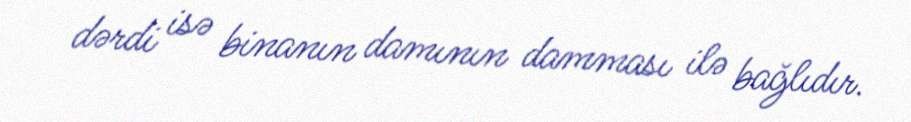
dərdi isə binanın damının damması ilə bağlıdır.